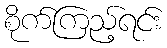
စိုက်ကြည့်ရင်း